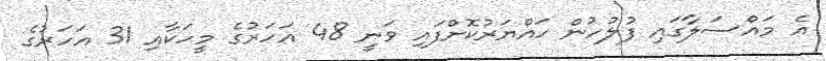
އެ މައްސަލާގައި ފުލުހުން ހައްޔަރުކޮށްފައި ވަނީ 48 އަހަރުގެ މީހަކާއި 31 އަހަރުގެ